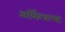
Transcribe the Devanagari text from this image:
अकिंचन्य